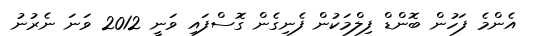
އެންމެ ފަހުން ބޮންޑް ފިލްމަކުން ފެނިގެން ގޮސްފައި ވަނީ 2012 ވަނަ ނެރުނު